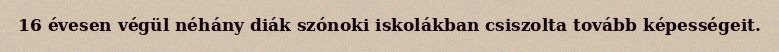
16 évesen végül néhány diák szónoki iskolákban csiszolta tovább képességeit.